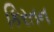
કિરતન